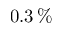
0 . 3 \, \%